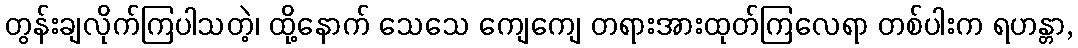
တွန်းချလိုက်ကြပါသတဲ့၊ ထို့နောက် သေသေ ကျေကျေ တရားအားထုတ်ကြလေရာ တစ်ပါးက ရဟန္တာ,